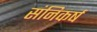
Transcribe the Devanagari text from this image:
संनिकर्ष